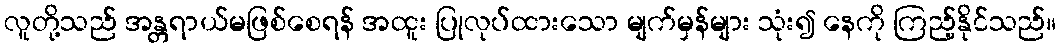
လူတို့သည် အန္တရာယ်မဖြစ်စေရန် အထူး ပြုလုပ်ထားသော မျက်မှန်များ သုံး၍ နေကို ကြည့်နိုင်သည်။